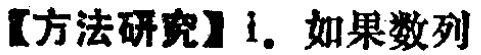
【方法研究】1. 如果数列